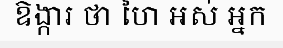
ឱង្ការ ថា ហៃ អស់ អ្នក